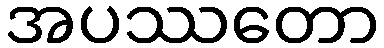
အပဿတော